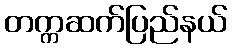
တက္ကဆက်ပြည်နယ်